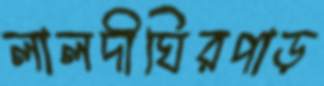
লালদীঘিরপাড়